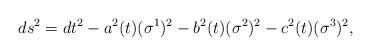
LaTeX: \begin{align*}ds^2=dt^2-a^2(t)(\sigma ^1)^2-b^2(t)(\sigma ^2)^2-c^2(t)(\sigma ^3)^2,\end{align*}